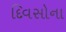
દિવસોના